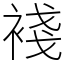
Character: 䙁